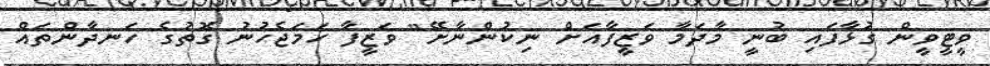
ވީޓީވީން ގުޅާފައި ބުނީ މާދަމާ ވަޒީފާއަށް ނިކުންނާށޭ" ވަޒީފާ ހަމަޖެހުނު ގޮތުގެ ހަނދާންތައް